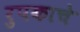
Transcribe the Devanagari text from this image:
रुपकाचे